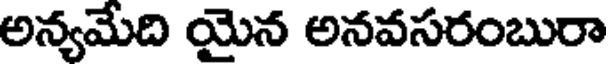
అన్యమేది యైన అనవసరంబురా